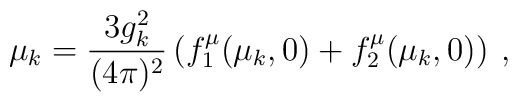
\mu_k = \frac{3 g^2_k}{(4\pi)^2} \left( f^\mu_1(\mu_k,0) + f^\mu_2(\mu_k,0)   \right) \:,